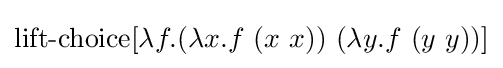
\operatorname {lift-choice} [\lambda f.(\lambda x.f\ (x\ x))\ (\lambda y.f\ (y\ y))]